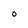
Character: O